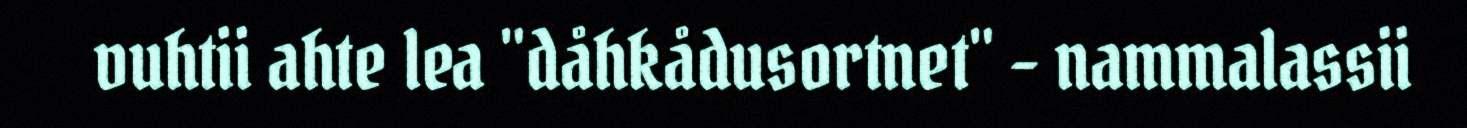
vuhtii ahte lea "dåhkådusortnet" - nammalassii